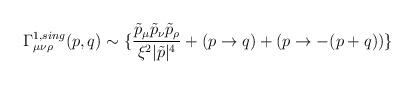
LaTeX: \begin{align*}\Gamma^{1, sing}_{\mu \nu \rho}(p,q) \sim \{ \frac{\tilde{p}_{\mu} \tilde{p}_{\nu} \tilde{p}_{\rho}}{\xi^2|\tilde{p}|^4}+ (p \rightarrow q)+(p \rightarrow -(p+q)) \} \end{align*}